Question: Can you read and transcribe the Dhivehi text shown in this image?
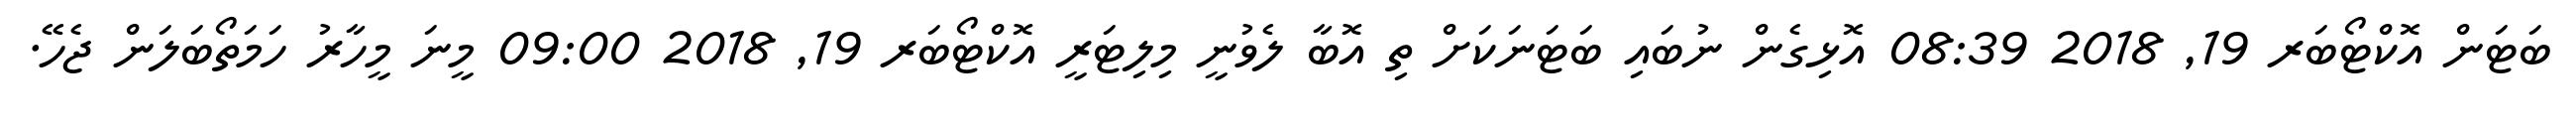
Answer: ބަޓަން އޮކްޓޯބަރ 19, 2018 08:39 އޮޅިގެން ނުބައި ބަޓަނަކަށް ތި އޮބާ ލެވުނީ މިލިޓަރީ އޮކްޓޯބަރ 19, 2018 09:00 މީނަ މީހާރު ހަމަތޯބަލަން ޖެހޭ.